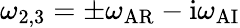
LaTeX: \omega_{2,3}=\pm\omega_{\mathrm{AR}}-\mathrm{i}\omega_{\mathrm{AI}}